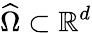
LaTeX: \widehat\Omega\subset\mathbb R^{d}